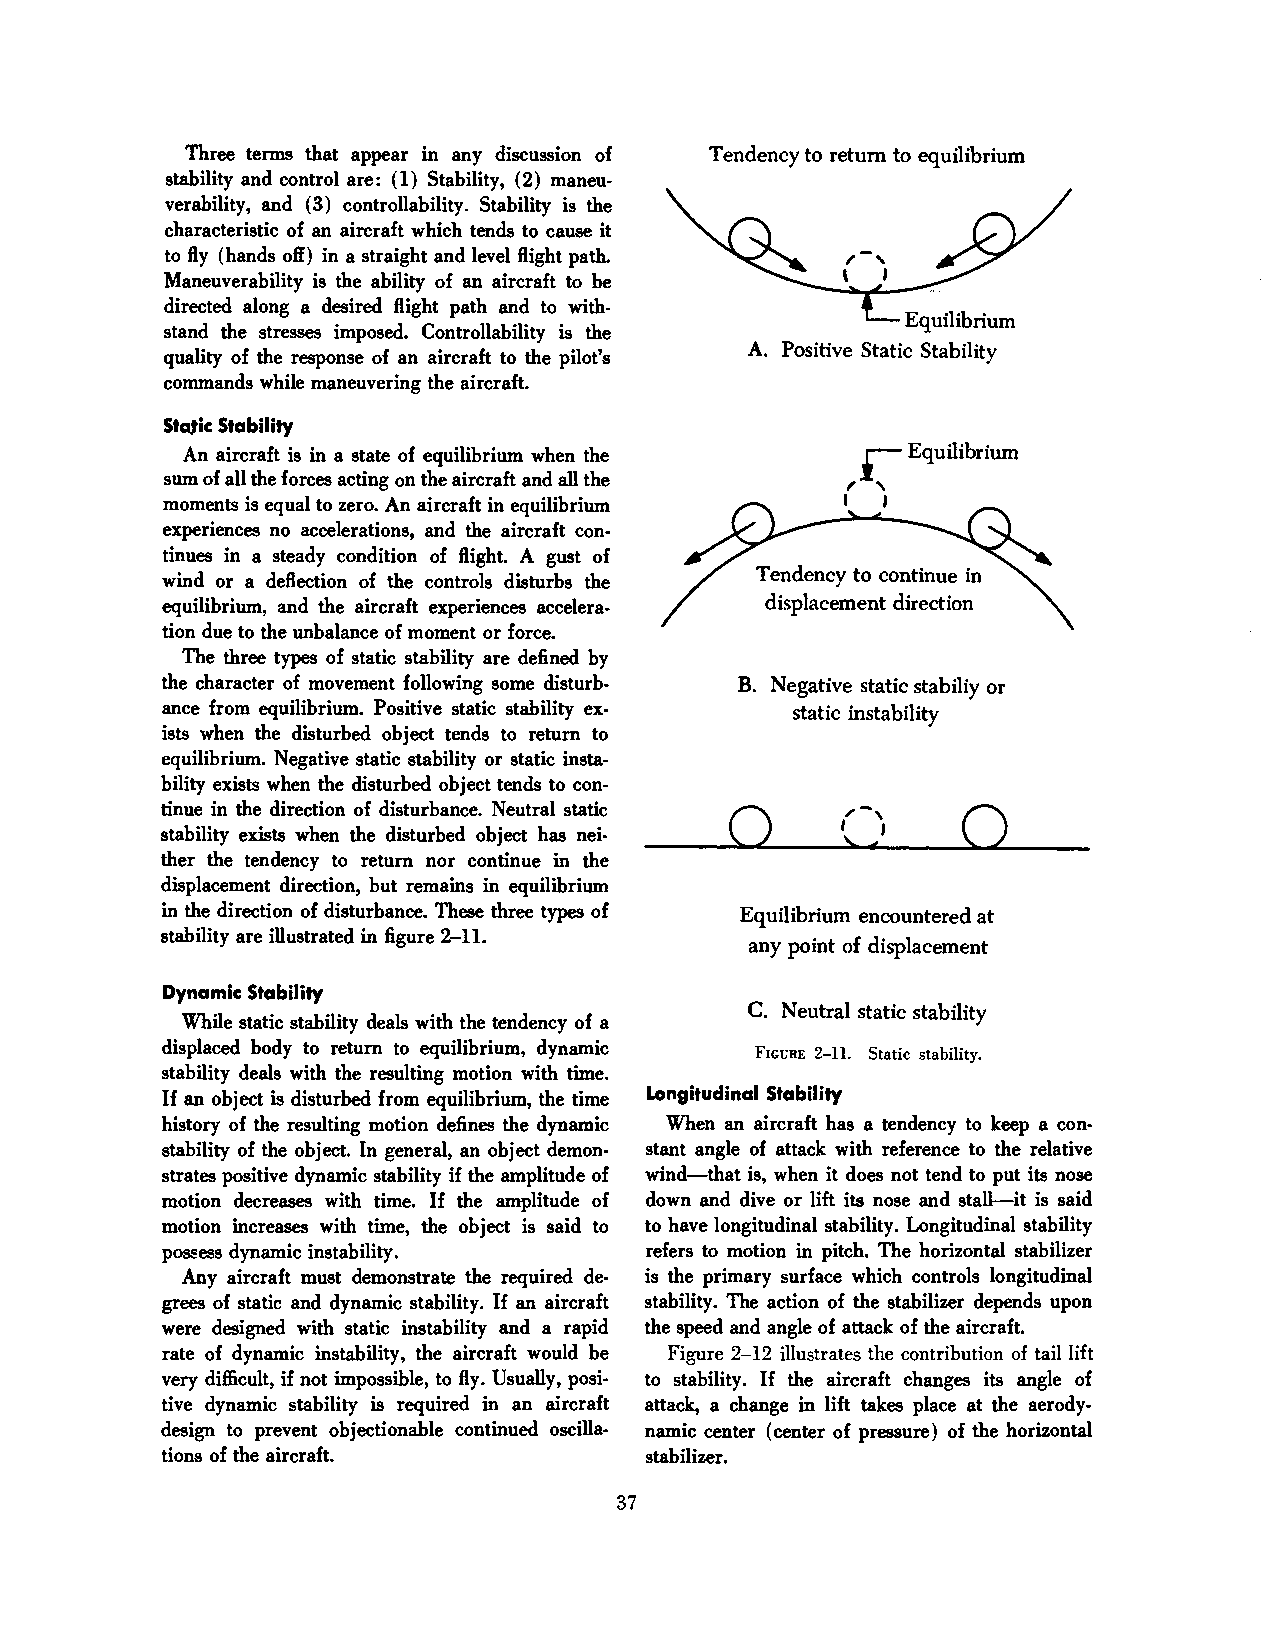
Three terms that appear in any discussion of Tendency to return to equilibrium
 stability and control are: (1) Stability, (2) maneu
 verability, and ( 3) controllability. Stability is the
 characteristic of an aircraft which tends to cause it
 to fly (hands off) in a straight and level flight path.
 Maneuverability is the ability of an aircraft to he
 directed along a desired flight path and to with
 Equilibrium
 stand the stresses imposed. Controllability is the
 A. Positive Static Stability
 quality of the response of an aircraft to the pilot's
 commands while maneuvering the aircraft.
 Static Stability                              r
 An aircraft is in a state of equilibrium when the Equilibrium
 sum of all the forces acting on the aircraft and all the '
 ~
 moments is equal to zero. An aircraft in equilibrium I I
 experiences no accelerations, and the aircraft con
 tinues in a steady condition of flight. A gust of
 Tendency to continue in
 wind or a deflection of the controls disturbs the
 equilibrium, and the aircraft experiences accelera displacement direction
 tion due to the unbalance of moment or force.
 The three types of static stability are defined by
 the character of movement following some disturb B. Negative static stabiliy or
 ance from equilibrium. Positive static stability ex static instability
 ists when the disturbed object tends to return to
 equilibrium. Negative static stability or static insta
 bility exists when the disturbed object tends to con
 ,.-
 tinue in the direction of disturbance. Neutral static 0 ' 0
 stability exists when the disturbed object has nei
 ,)'
 ther the tendency to return nor continue in the
 displacement direction, but remains in equilibrium
 in the direction of disturbance. These three types of Equilibrium encountered at
 stability are illustrated in figure 2-11.
 any point of displacement
 Dynamic Stability
 C. Neutral static stability
 While static stability deals with the tendency of a
 displaced body to return to equilibrium, dynamic
 FICURE 2-11. Static stability.
 stability deals with the resulting motion with time.
 If an object is disturbed from equilibrium, the time Longitudinal Stability
 history of the resulting motion defines the dynamic When an aircraft has a tendency to keep a con
 stability of the object. In general, an object demon stant angle of attack with reference to the relative
 strates positive dynamic stability if the amplitude of wind-that is, when it does not tend to put its nose
 motion decreases with time. If the amplitude of down and dive or lift its nose and stall-it is said
 motion increases with time, the object is said to to have longitudinal stability. Longitudinal stability
 possess dynamic instability.    refers to motion in pitch. The horizontal stabilizer
 Any aircraft must demonstrate the required de is the primary surface which controls longitudinal
 grees of static and dynamic stability. If an aircraft stability. The action of the stabilizer depends upon
 were designed with static instability and a rapid the speed and angle of attack of the aircraft.
 rate of dynamic instability, the aircraft would be Figure 2-12 illustrates the contribution of tail lift
 very difficult, if not impossible, to fly. Usually, posi to stability. If the aircraft changes its angle of
 tive dynamic stability is required in an aircraft attack, a change in lift takes place at the aerody
 design to prevent objectionable continued oscilla namic center (center of pressure) of the horizontal
 tions of the aircraft.          stabilizer.
 37